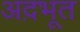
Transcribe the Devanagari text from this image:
अद़भूत